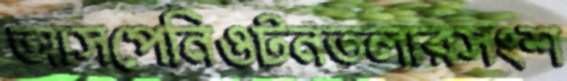
আসপেনিওটনতলারসংশ